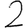
Digit: 2